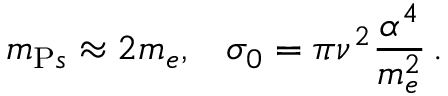
m _ { { \mathrm P s } } \approx 2 m _ { e } , \; \; \; \sigma _ { 0 } = \pi \nu ^ { 2 } { \frac { \alpha ^ { 4 } } { m _ { e } ^ { 2 } } } \, .